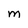
Character: M